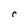
Character: C